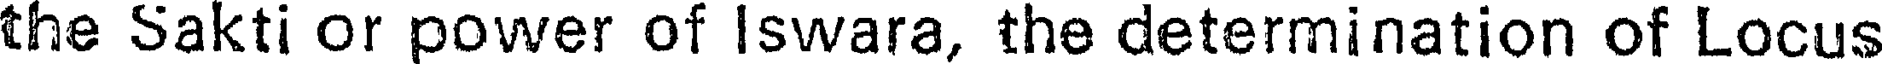
the Sakti or power of Iswara, the determination of Locus